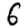
Digit: 6